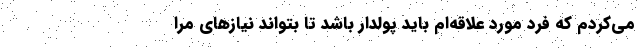
می‌کردم که فرد مورد علاقه‌ام باید پولدار باشد تا بتواند نیازهای مرا